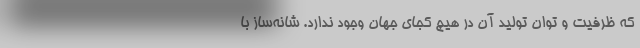
که ظرفیت و توان تولید آن در هیچ‌ کجای جهان وجود ندارد. شانه‌ساز با